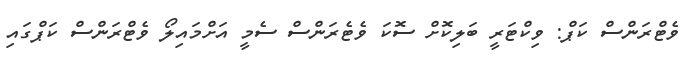
ވެޓްރަންސް ކަޕް: ވިކްޓަރީ ބަލިކޮށް ސޮކަ ވެޓެރަންސް ސެމީ އަށްމައިލޯ ވެޓްރަންސް ކަޕްގައި